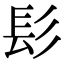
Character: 髟